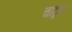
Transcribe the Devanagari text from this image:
चाटूस